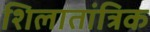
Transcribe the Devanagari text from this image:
शिलातांत्रिक